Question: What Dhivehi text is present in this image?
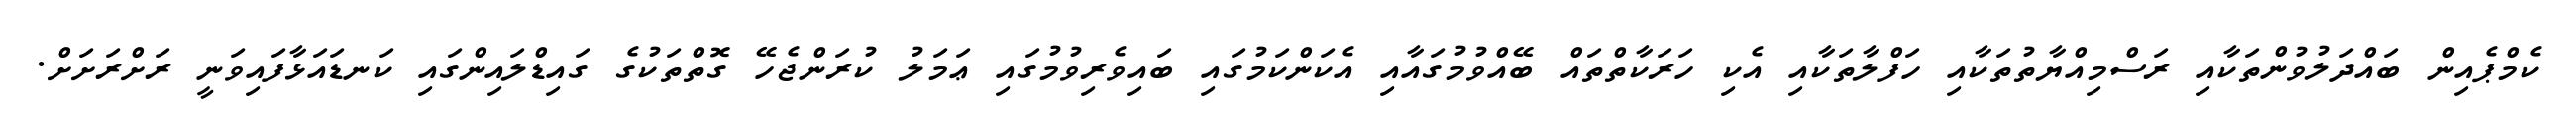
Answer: ކެމްޕެއިން ބައްދަލުވުންތަކާއި ރަސްމިއްޔާތުތަކާއި ހަފްލާތަކާއި އެކި ހަރަކާތްތައް ބޭއްވުމުގައާއި އެކަންކަމުގައި ބައިވެރިވުމުގައި ޢަމަލު ކުރަންޖެހޭ ގޮތްތަކުގެ ގައިޑްލައިންގައި ކަނޑައަޅާފައިވަނީ ރަށްރަށަށް.